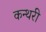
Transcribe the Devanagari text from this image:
कन्थरी